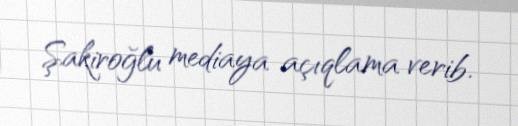
Şakiroğlu mediaya açıqlama verib.